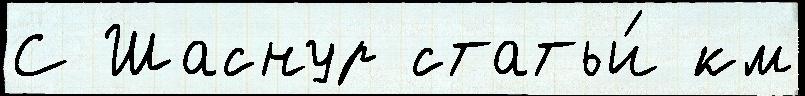
С Шаснур статьи́ км